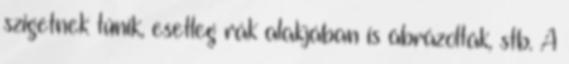
szigetnek tűnik, esetleg rák alakjában is ábrázolták, stb. A